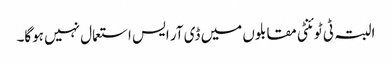
البتہ ٹی ٹوئنٹی مقابلوں میں ڈی آر ایس استعمال نہیں ہوگا۔